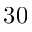
3 0